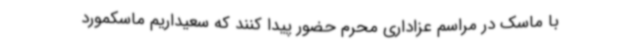
با ماسک در مراسم عزاداری محرم حضور پیدا کنند که سعیداریم ماسکمورد